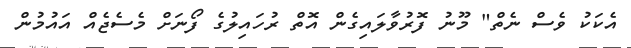
އެކަކު ވެސް ނެތް" މޫނު ފޮރުވާލައިގެން އޮތް ރުހައިލުގެ ފޯނަށް މެސެޖެއް އައުމުން